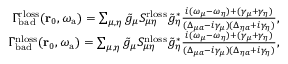
\begin{array} { r } { \Gamma _ { \mathrm { b a d } } ^ { \mathrm { r l o s s } } ( \mathbf { r } _ { 0 } , { \omega _ { \mathrm { a } } } ) = \sum _ { \mu , \eta } \tilde { g } _ { \mu } S _ { \mu \eta } ^ { \mathrm { r l o s s } } \tilde { g } _ { \eta } ^ { * } \frac { i ( \omega _ { \mu } - \omega _ { \eta } ) + ( \gamma _ { \mu } + \gamma _ { \eta } ) } { ( \Delta _ { \mu a } - i \gamma _ { \mu } ) ( \Delta _ { \eta a } + i \gamma _ { \eta } ) } , } \\ { \Gamma _ { \mathrm { b a d } } ^ { \mathrm { n l o s s } } ( \mathbf { r } _ { 0 } , { \omega _ { \mathrm { a } } } ) = \sum _ { \mu , \eta } \tilde { g } _ { \mu } S _ { \mu \eta } ^ { \mathrm { n l o s s } } \tilde { g } _ { \eta } ^ { * } \frac { i ( \omega _ { \mu } - \omega _ { \eta } ) + ( \gamma _ { \mu } + \gamma _ { \eta } ) } { ( \Delta _ { \mu a } - i \gamma _ { \mu } ) ( \Delta _ { \eta a } + i \gamma _ { \eta } ) } , } \end{array}